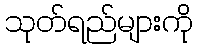
သုတ်ရည်များကို